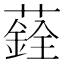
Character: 𦿻